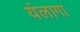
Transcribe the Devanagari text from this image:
यंलागा